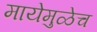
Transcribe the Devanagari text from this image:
मायेमुळेच